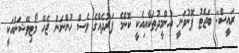
ރައީސް: ބަޖެޓު ފޮނުވަނީ އުންމީދުތަކާއިއެކީ ކޮންމެ ފަރުދެއްގެ ވެސް ހުންނަން ޖެހޭ މޯޓިވޭޝަންއަކީ